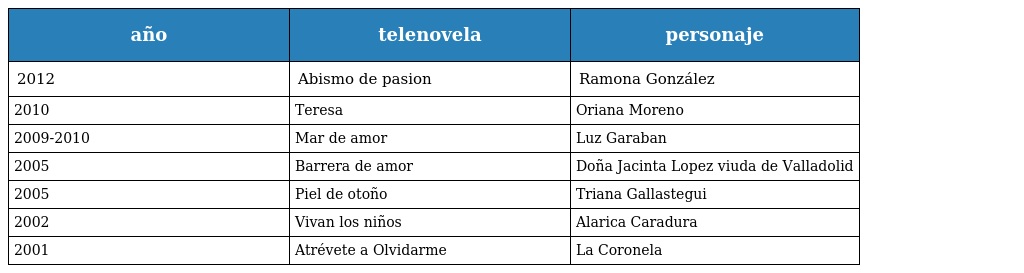
| año | telenovela | personaje |
 | --- | --- | --- |
 | 2012 | Abismo de pasion | Ramona González |
 | 2010 | Teresa | Oriana Moreno |
 | 2009-2010 | Mar de amor | Luz Garaban |
 | 2005 | Barrera de amor | Doña Jacinta Lopez viuda de Valladolid |
 | 2005 | Piel de otoño | Triana Gallastegui |
 | 2002 | Vivan los niños | Alarica Caradura |
 | 2001 | Atrévete a Olvidarme | La Coronela |